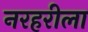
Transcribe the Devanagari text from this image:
नरहरीला